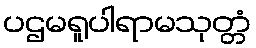
ပဌမရူပါရာမသုတ္တံ